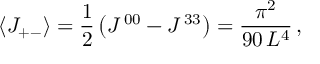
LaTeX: \langle J _ { + - } \rangle = \frac { 1 } { 2 } \left( J ^ { \, 0 0 } - J ^ { \, 3 3 } \right) = \frac { \pi ^ { 2 } } { 9 0 \, L ^ { 4 } } \, ,